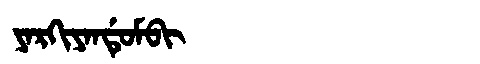
Manchu: ᠶᠠᡵᡴᡳᠶᠠᠨᡩᡠᠮᠪᡳ
Romanization: YARKIYANDUMBI